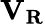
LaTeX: \mathbf{V_{R}}